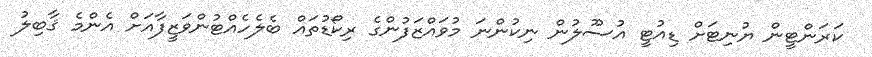
ކަރަންޓީން ޔުނިޓަށް ޑިއުޓީ އުސޫލުން ނިކުންނަ މުވައްޒަފުންގެ ރިކޯޑުތައް ބެލެހެއްޓުންވަޒީފާއަށް އެންމެ ޤާބިލު